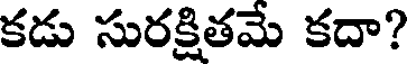
కడు సురక్షితమే కదా?